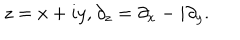
z = x + i y , \partial _ { z } = \partial _ { x } - i \partial _ { y } .